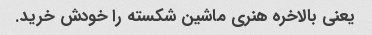
یعنی بالاخره هنری ماشین شکسته را خودش خرید.